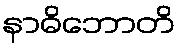
နာဓိဘောတိ